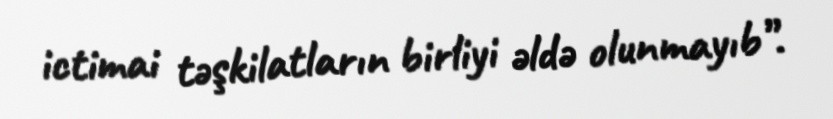
ictimai təşkilatların birliyi əldə olunmayıb”.